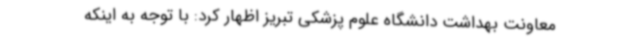
معاونت بهداشت دانشگاه علوم پزشکی تبریز اظهار کرد: با توجه به اینکه